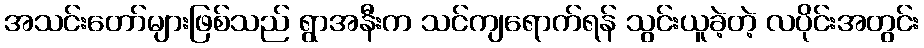
အသင်းတော်များဖြစ်သည် ရွာအနီးက သင်ကျရောက်ရန် သွင်းယူခဲ့တဲ့ လပိုင်းအတွင်း